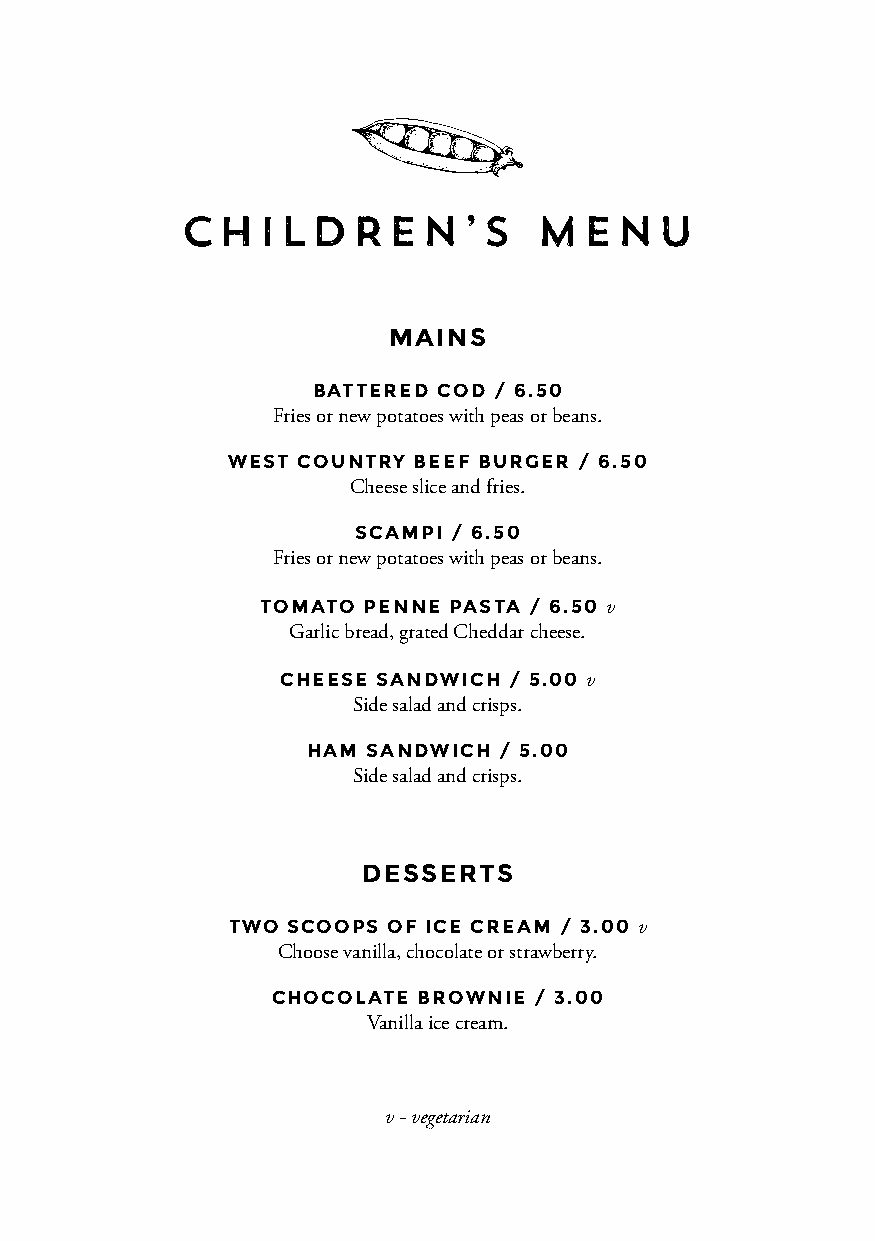
CHILDREN’S              MENU
 MAINS
 BATTERED COD / 6.50
 Fries or new potatoes with peas or beans.
 WEST COUNTRY BEEF BURGER / 6.50
 Cheese slice and fries.
 SCAMPI / 6.50
 Fries or new potatoes with peas or beans.
 TOMATO PENNE PASTA / 6.50 v
 Garlic bread, grated Cheddar cheese.
 CHEESE SANDWICH / 5.00 v
 Side salad and crisps.
 HAM SANDWICH / 5.00
 Side salad and crisps.
 DESSERTS
 TWO SCOOPS OF ICE CREAM / 3.00 v
 Choose vanilla, chocolate or strawberry.
 CHOCOLATE BROWNIE / 3.00
 Vanilla ice cream.
 v - vegetarian